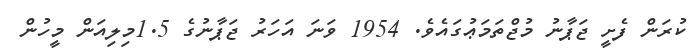
ކުރަން ފެށީ ޖަޕާނު މުޖްތަމަޢުގައެވެ. 1954 ވަނަ އަހަރު ޖަޕާނުގެ 1.5މިލިއަން މީހުން